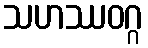
သဟဿဝဂ္ဂ